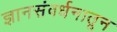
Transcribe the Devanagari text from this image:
ज्ञानसंवर्धनातून